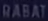
HABAT